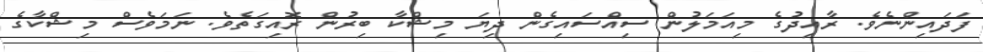
ފަދައިންނެވެ. ރާއިދުގެ މިއަމަލުން ސިއްސައިގެން ދިޔަ މިޝްކާ ބިރުން ރޮއިގަތެވެ. ނަމަވެސް މިޝްކާގެ